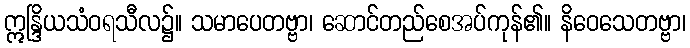
ဣန္ဒြိယသံဝရသီလ၌။ သမာပေတဗ္ဗာ၊ ဆောင်တည်စေအပ်ကုန်၏။ နိဝေသေတဗ္ဗာ၊